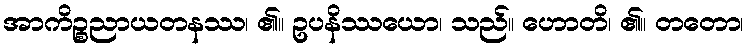
အာကိဉ္စညာယတနဿ၊ ၏။ ဥပနိဿယော၊ သည်။ ဟောတိ၊ ၏။ တတော၊